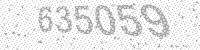
Solution: 635059